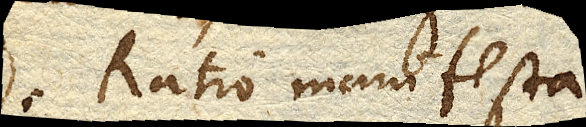
Ratio manifesta